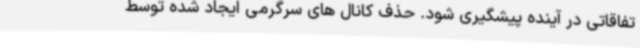
تفاقاتی در آینده پیشگیری شود. حذف کانال های سرگرمی ایجاد شده توسط